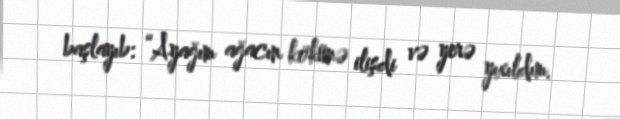
başlayıb: “Ayağım ağacın kökünə ilişdi və yerə yıxıldım.